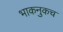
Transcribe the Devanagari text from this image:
भाकनुकच